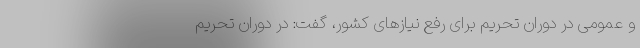
و عمومی در دوران تحریم برای رفع نیازهای کشور، گفت: در دوران تحریم